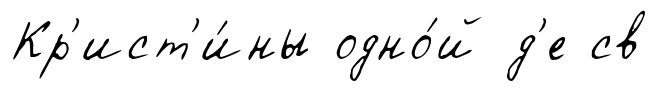
Кр'ист'и́ны одно́й д'е св